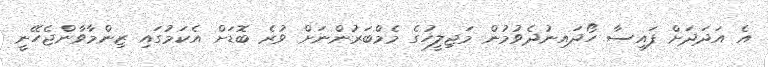
އެ އަދަދަށް ފައިސާ ހޯދައިނުދެވުމުން މަޖިލީހުގެ މެމްބަރުންނަށް ވުރެ ބޮޑަށް އެކަމުގައި ޒިންމާވާންޖެހޭނީ